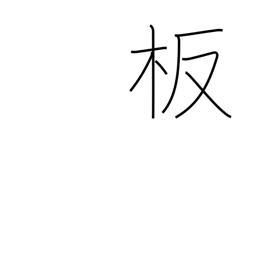
Meaning: plate